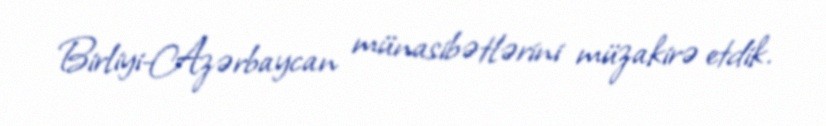
Birliyi-Azərbaycan münasibətlərini müzakirə etdik.